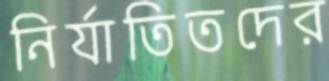
নির্যাতিতদের